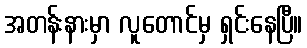
အတန်းနားမှာ လူတောင်မှ ရှင်းနေပြီ။